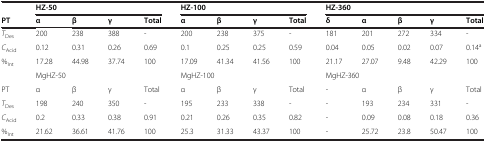
<table><thead><tr><td><b> </b></td><td colspan="4"><b>HZ-50</b></td><td colspan="4"><b>HZ-100</b></td><td colspan="5"><b>HZ-360</b></td></tr><tr><td><b>PT</b></td><td><b>α</b></td><td><b>β</b></td><td><b>γ</b></td><td><b>Total</b></td><td><b>α</b></td><td><b>β</b></td><td><b>γ</b></td><td><b>Total</b></td><td><b>-</b></td><td><b>α</b></td><td><b>β</b></td><td><b>γ</b></td><td><b>Total</b></td></tr></thead><tbody><tr><td><i>T</i><sub>Des</sub></td><td>200</td><td>238</td><td>388</td><td>-</td><td>200</td><td>238</td><td>375</td><td>-</td><td>181</td><td>201</td><td>272</td><td>334</td><td>-</td></tr><tr><td><i>C</i><sub>Acid</sub></td><td>0.12</td><td>0.31</td><td>0.26</td><td>0.69</td><td>0.1</td><td>0.25</td><td>0.25</td><td>0.59</td><td>0.04</td><td>0.05</td><td>0.02</td><td>0.07</td><td>0.14<sup>a</sup></td></tr><tr><td>%<sub>Int</sub></td><td>17.28</td><td>44.98</td><td>37.74</td><td>100</td><td>17.09</td><td>41.34</td><td>41.56</td><td>100</td><td>21.17</td><td>27.07</td><td>9.48</td><td>42.29</td><td>100</td></tr><tr><td> </td><td colspan="4">MgHZ-50</td><td colspan="4">MgHZ-100</td><td colspan="5">MgHZ-360</td></tr><tr><td>PT</td><td>α</td><td>β</td><td>γ</td><td>Total</td><td>α</td><td>β</td><td>γ</td><td>Total</td><td>-</td><td>α</td><td>β</td><td>γ</td><td>Total</td></tr><tr><td><i>T</i><sub>Des</sub></td><td>198</td><td>240</td><td>350</td><td>-</td><td>195</td><td>233</td><td>338</td><td>-</td><td>-</td><td>193</td><td>234</td><td>331</td><td>-</td></tr><tr><td><i>C</i><sub>Acid</sub></td><td>0.2</td><td>0.33</td><td>0.38</td><td>0.91</td><td>0.21</td><td>0.26</td><td>0.35</td><td>0.82</td><td>-</td><td>0.09</td><td>0.08</td><td>0.18</td><td>0.36</td></tr><tr><td>%<sub>Int</sub></td><td>21.62</td><td>36.61</td><td>41.76</td><td>100</td><td>25.3</td><td>31.33</td><td>43.37</td><td>100</td><td>-</td><td>25.72</td><td>23.8</td><td>50.47</td><td>100</td></tr></tbody></table>